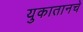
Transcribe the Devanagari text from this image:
युकातानचे